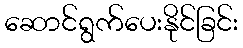
ဆောင်ရွက်ပေးနိုင်ခြင်း